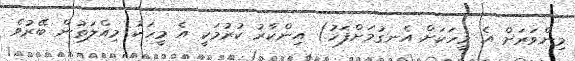
މިންވަރަށް އެ މީހަކަށް އެނގުމަށްފަހު) އިންކާރު ކުރުމަކީ އެ މީހަކު މިއްލަތުން ބޭރުވެ